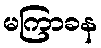
မကြာခန